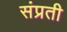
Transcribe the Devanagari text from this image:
संप्रती